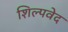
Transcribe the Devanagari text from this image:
शिल्पवेद